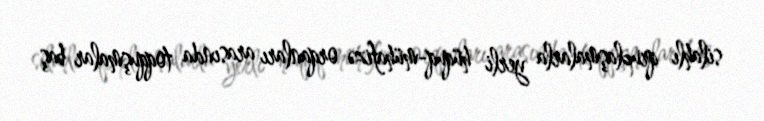
silahlı qruplaşmalarla yerli hüquq-mühafizə orqanları arasında toqquşmalar baş